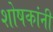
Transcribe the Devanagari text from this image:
शोषकांनी